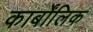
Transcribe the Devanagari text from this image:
कार्बोंलिक